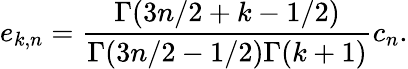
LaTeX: e_{k,n}={\frac{\Gamma(3n/2+k-1/2)}{\Gamma(3n/2-1/2)\Gamma(k+1)}}c_{n}.